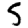
Digit: 5